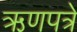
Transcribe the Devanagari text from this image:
ऋणपत्रे